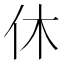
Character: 休